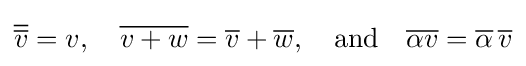
{\overline {\overline {v}}}=v,\quad {\overline {v+w}}={\overline {v}}+{\overline {w}},\quad {\text{and}}\quad {\overline {\alpha v}}={\overline {\alpha }}\,{\overline {v}}